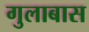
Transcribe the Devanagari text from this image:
गुलाबास